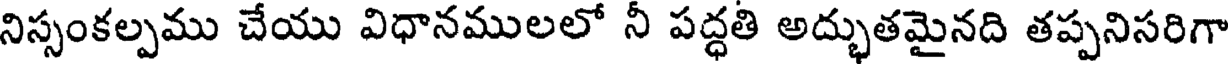
నిస్సంకల్పము చేయు విధానములలో నీ పద్ధతి అద్భుతమైనది తప్పనిసరిగా